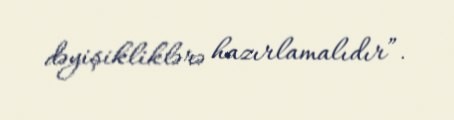
dəyişikliklərə hazırlamalıdır”.